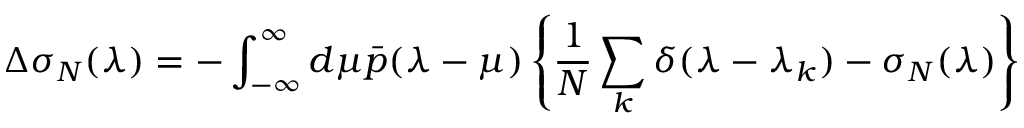
\Delta \sigma _ { N } ( \lambda ) = - \int _ { - \infty } ^ { \infty } d \mu \bar { p } ( \lambda - \mu ) \left\{ \frac { 1 } { N } \sum _ { k } \delta ( \lambda - \lambda _ { k } ) - \sigma _ { N } ( \lambda ) \right\}